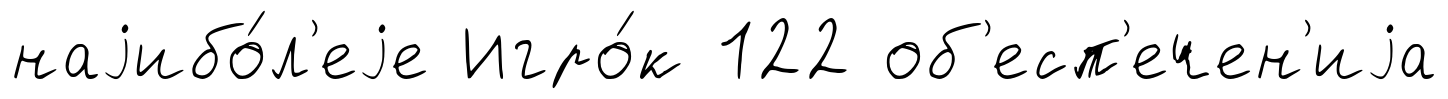
наjибо́л'еjе Игро́к 122 об'есп'ечен'иjа